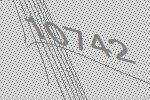
10742